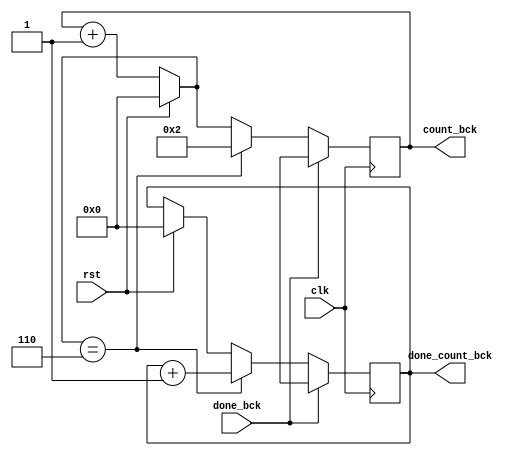
`timescale 1ns / 1ps
//////////////////////////////////////////////////////////////////////////////////
// Company: 
// Engineer: 
// 
// Design Name: 
// Module Name: counter_bck
// Project Name: 
// Target Devices: 
// Tool Versions: 
// Description: 
// 
// Dependencies: 
// 
// Revision:
// Revision 0.01 - File Created
// Additional Comments:
// 
//////////////////////////////////////////////////////////////////////////////////


module counter_bck(clk,rst,count_bck,done_count_bck,done_bck);
input clk, rst,done_bck;
output reg [3:0] count_bck;
output reg [3:0] done_count_bck;

always @(posedge clk)
    begin
        if(rst) begin count_bck <=0;
                      done_count_bck <=0;
                end
                
        else count_bck = count_bck+1;
        if(count_bck == 4'd6)
            begin
            done_count_bck<=done_count_bck+1;
            count_bck <=4'd2;
            end
        if(done_bck)
            begin
                done_count_bck <=4'bXXXX;
                count_bck<=4'bXXXX;
            end
            
        
    end
endmodule